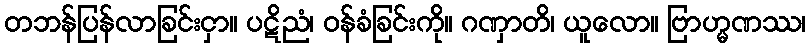
တဘန်ပြန်လာခြင်းငှာ။ ပဋိညံ၊ ဝန်ခံခြင်းကို။ ဂဏှာတိ၊ ယူလော။ ဗြာဟ္မဏဿ၊